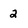
Character: 2